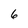
Character: 6